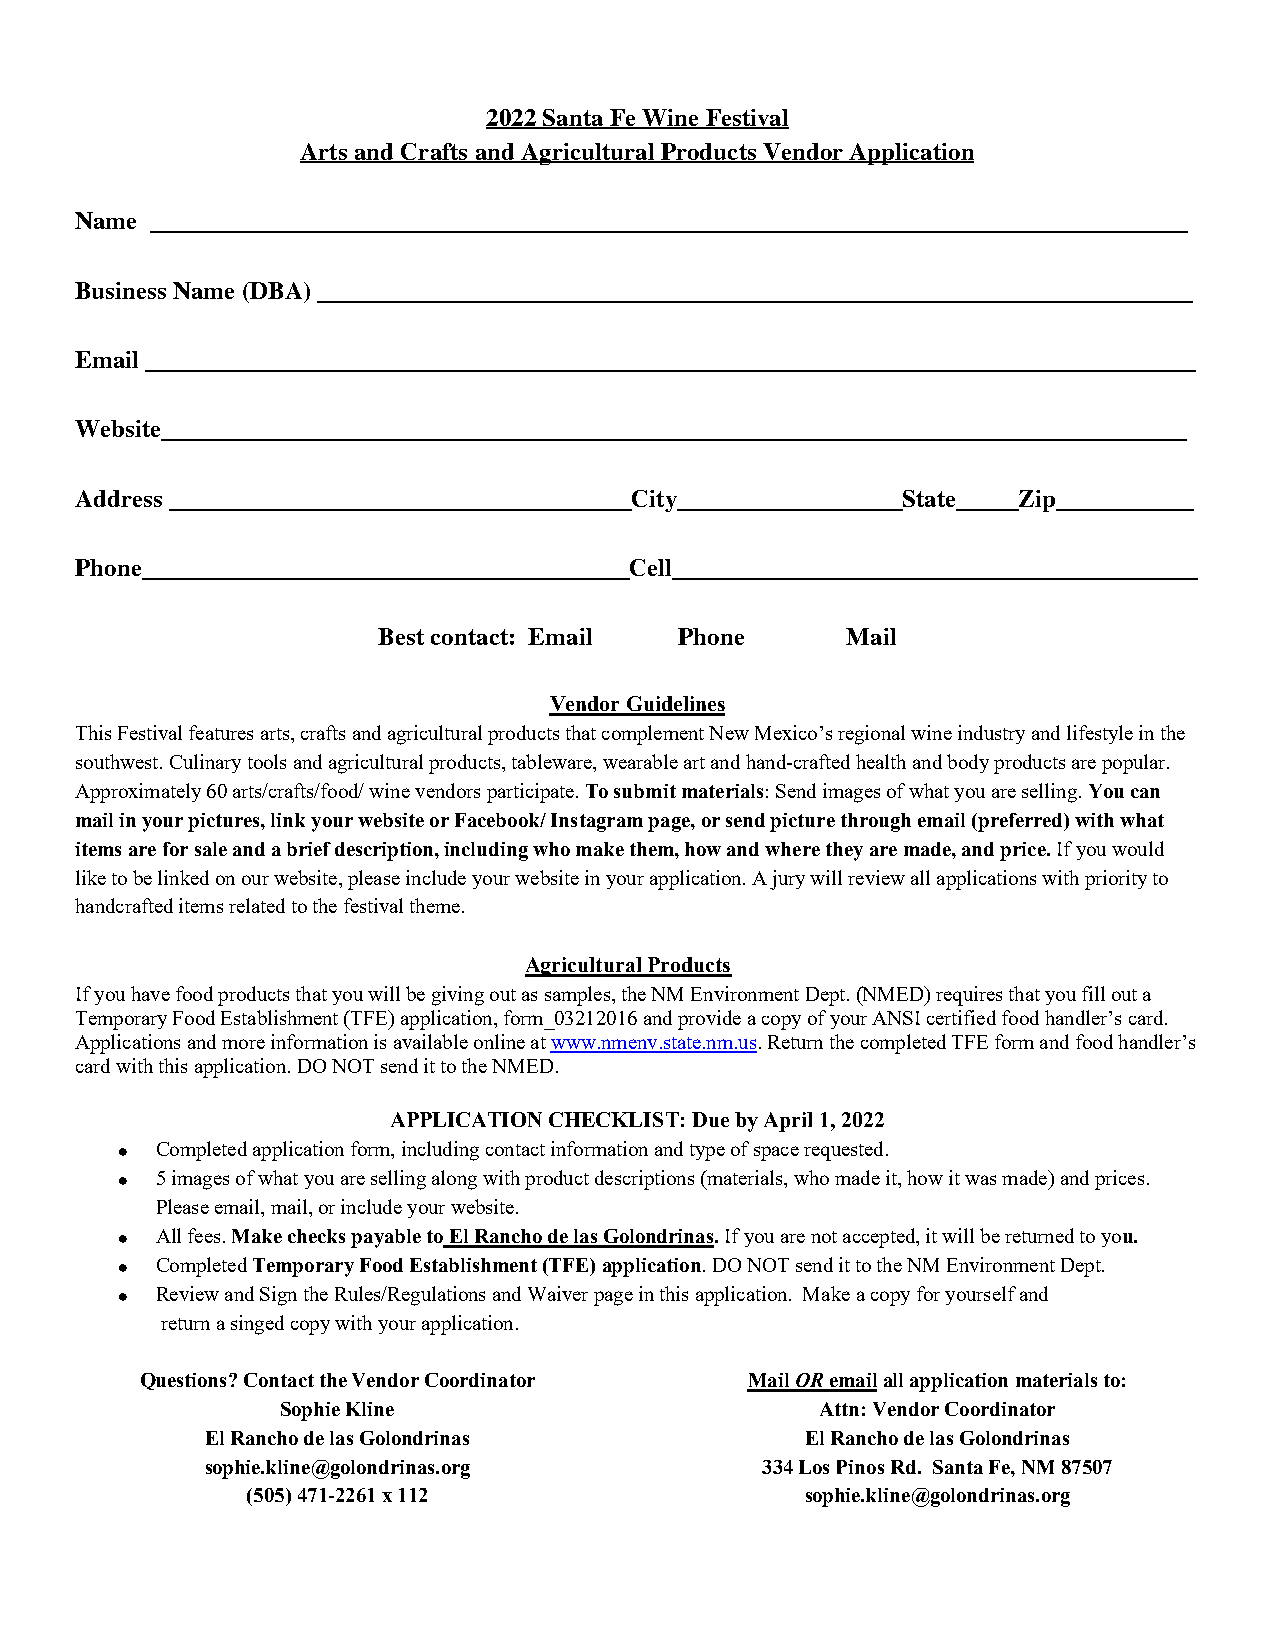
2022 Santa Fe Wine Festival
 Arts and Crafts and Agricultural Products Vendor Application
 Name ___________________________________________________________________________________
 Business Name (DBA) ______________________________________________________________________
 Email ____________________________________________________________________________________
 Website__________________________________________________________________________________
 Address _____________________________________City__________________State_____Zip___________
 Phone_______________________________________Cell__________________________________________
 Best contact: Email Phone      Mail
 Vendor Guidelines
 This Festival features arts, crafts and agricultural products that complement New Mexico’s regional wine industry and lifestyle in the
 southwest. Culinary tools and agricultural products, tableware, wearable art and hand-crafted health and body products are popular.
 Approximately 60 arts/crafts/food/ wine vendors participate. To submit materials: Send images of what you are selling. You can
 mail in your pictures, link your website or Facebook/ Instagram page, or send picture through email (preferred) with what
 items are for sale and a brief description, including who make them, how and where they are made, and price. If you would
 like to be linked on our website, please include your website in your application. A jury will review all applications with priority to
 handcrafted items related to the festival theme.
 Agricultural Products
 If you have food products that you will be giving out as samples, the NM Environment Dept. (NMED) requires that you fill out a
 Temporary Food Establishment (TFE) application, form_03212016 and provide a copy of your ANSI certified food handler’s card.
 Applications and more information is available online at www.nmenv.state.nm.us. Return the completed TFE form and food handler’s
 card with this application. DO NOT send it to the NMED.
 APPLICATION CHECKLIST: Due by April 1, 2022
 • Completed application form, including contact information and type of space requested.
 • 5 images of what you are selling along with product descriptions (materials, who made it, how it was made) and prices.
 Please email, mail, or include your website.
 • All fees. Make checks payable to El Rancho de las Golondrinas. If you are not accepted, it will be returned to you.
 • Completed Temporary Food Establishment (TFE) application. DO NOT send it to the NM Environment Dept.
 • Review and Sign the Rules/Regulations and Waiver page in this application. Make a copy for yourself and
 return a singed copy with your application.
 Questions? Contact the Vendor Coordinator Mail OR email all application materials to:
 Sophie Kline                       Attn: Vendor Coordinator
 El Rancho de las Golondrinas           El Rancho de las Golondrinas
 sophie.kline@golondrinas.org        334 Los Pinos Rd. Santa Fe, NM 87507
 (505) 471-2261 x 112                 sophie.kline@golondrinas.org